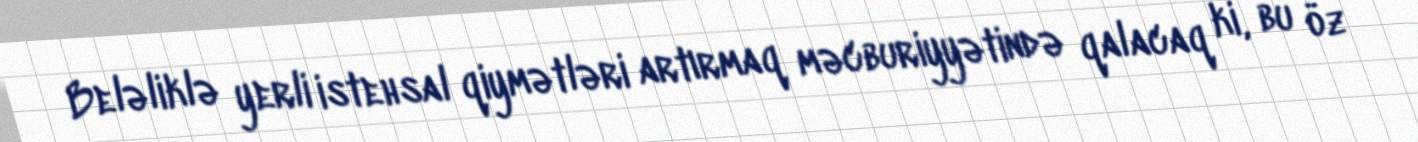
Beləliklə yerli istehsal qiymətləri artırmaq məcburiyyətində qalacaq ki, bu öz